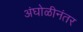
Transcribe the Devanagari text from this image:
अंघोळीनंतर